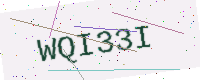
Text: WQI33I